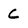
Character: C